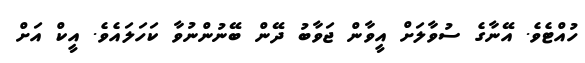
ހުއްޓެވެ. އޭނާގެ ސުވާލަށް އީވާން ޖަވާބު ދޭން ބޭނުންނުވާ ކަހަލައެވެ. އީކް އަށް